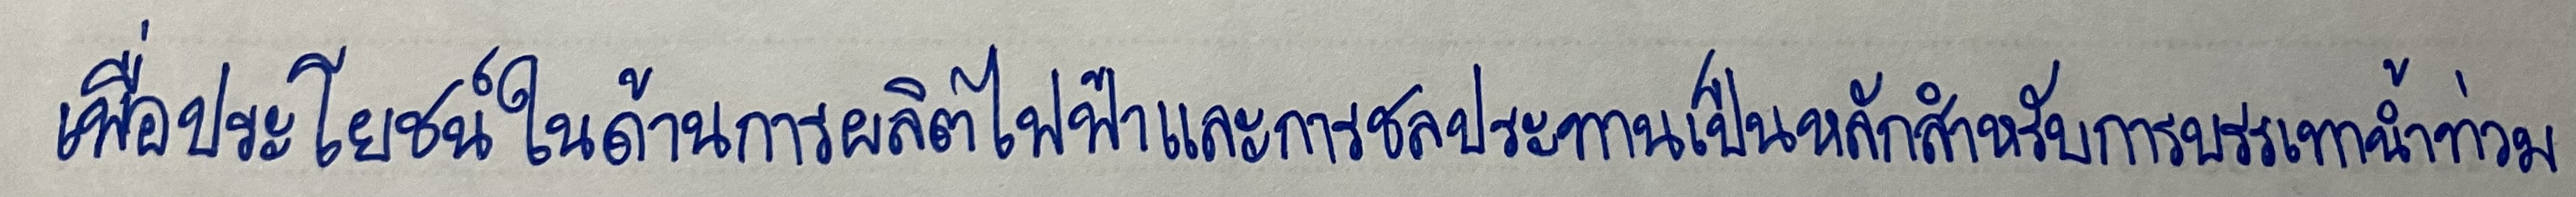
เพื่อประโยชน์ในด้านการผลิตไฟฟ้าและการชลประทานเป็นหลักสำหรับการบรรเทาน้ำท่วม